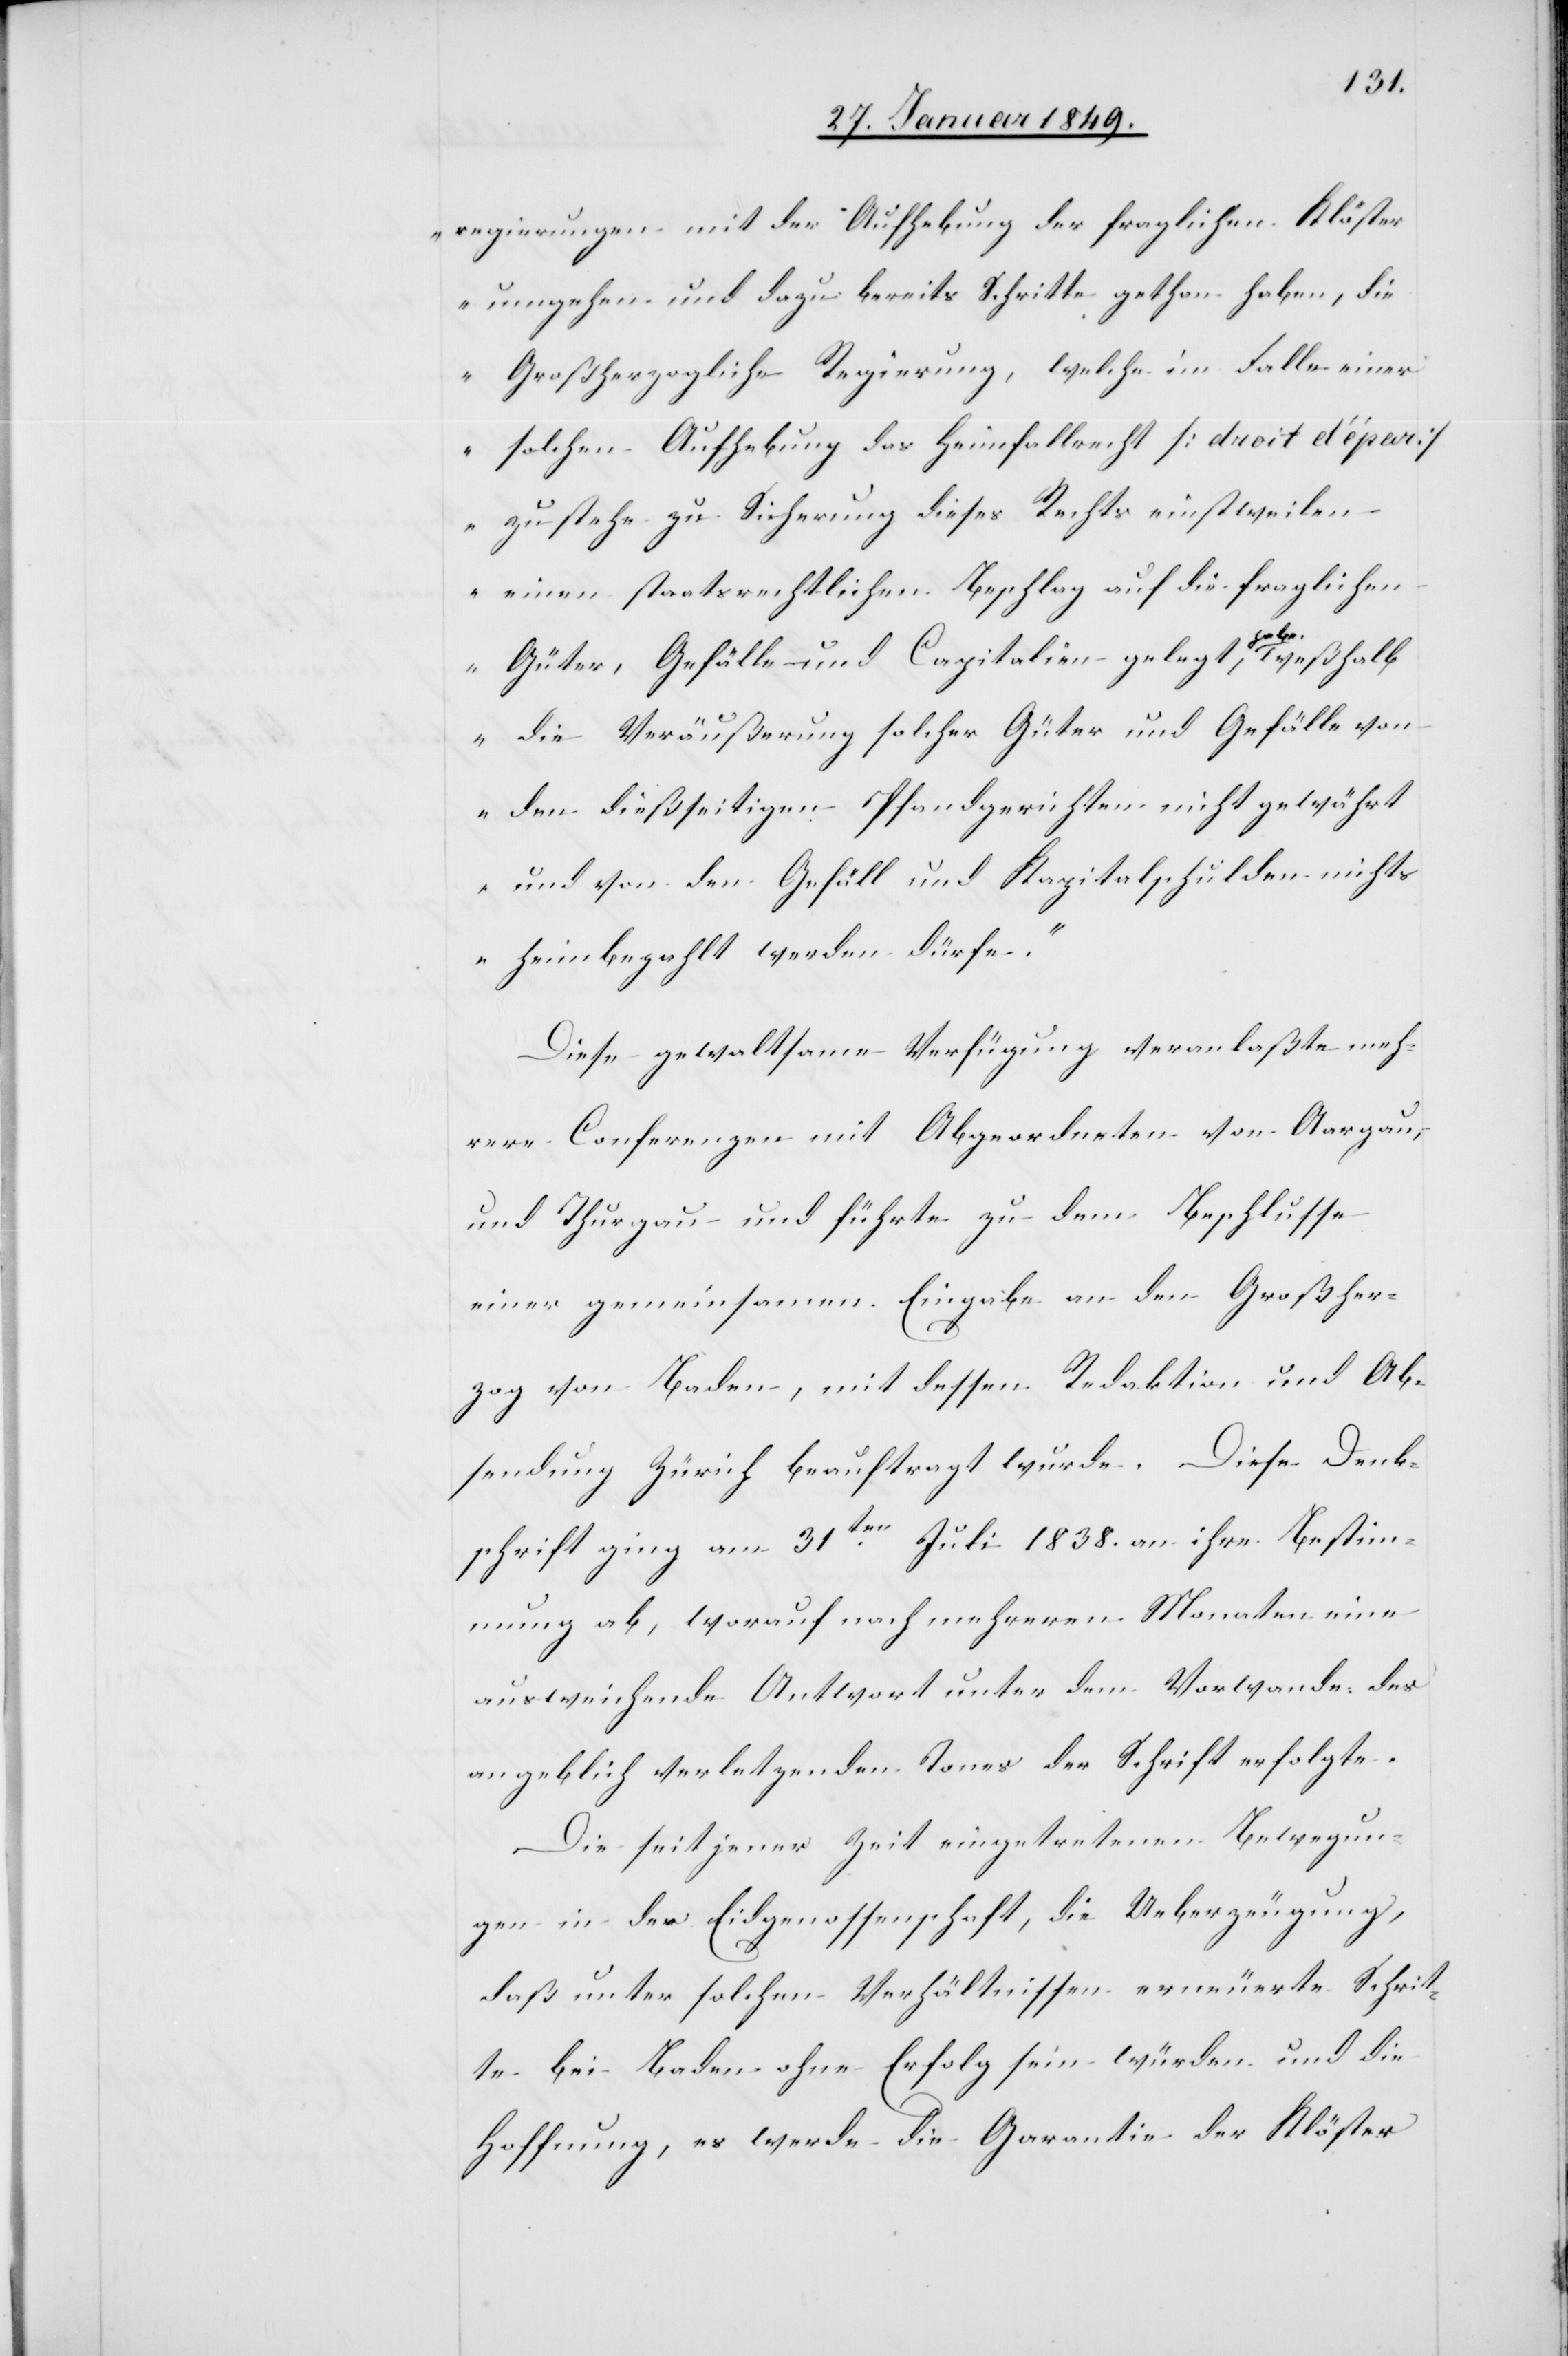
regierungen mit der Aufhebung der fraglichen Klöster
umgehen und dazu bereits Schritte gethan haben, die
Großherzogliche Regierung, welche im Falle einer
solchen Aufhebung das Heimfallrecht [droit d’épar]
zustehe zu Sicherung dieses Rechts einstweilen
einen staatsrechtlichen Beschlag auf die fraglichen
Güter, Gefälle und Capitalien gelegt habe,
die Veräußerung solcher Güter und Gefälle von
den dießseitigen Pfandgerichten nicht gewährt
und von den Gefäll und Kapitalschulden nichts
heimbezahlt werden dürfe.“
Diese gewaltsame Verfügung veranlaßte meh¬
rere Conferenzen mit Abgeordneten von Aargau,
und Thurgau und führte zu dem Beschlusse
einer gemeinsamen Eingabe an den Großher¬
zog von Baden, mit dessen Redaktion und Ab¬
sendung Zürich beauftragt wurde. Diese Denk¬
schrift ging am 31ten. Juli 1838. an ihre Bestimm¬
ung ab, worauf nach mehreren Monaten eine
ausweichende Antwort unter dem Vorwande des
angeblich verletzenden Tones der Schrift erfolgte.
Die seit jener Zeit eingetretenen Bewegun¬
gen in der Eidgenossenschaft, die Ueberzeugung,
daß unter solchen Verhältnissen erneuerte Schrit¬
te bei Baden ohne Erfolg sein würden und die
Hoffnung, es werde die Garantie der Klöster